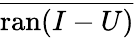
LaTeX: \overline{{\operatorname{ran}(I-U)}}